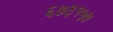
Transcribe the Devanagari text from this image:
६७३१५७